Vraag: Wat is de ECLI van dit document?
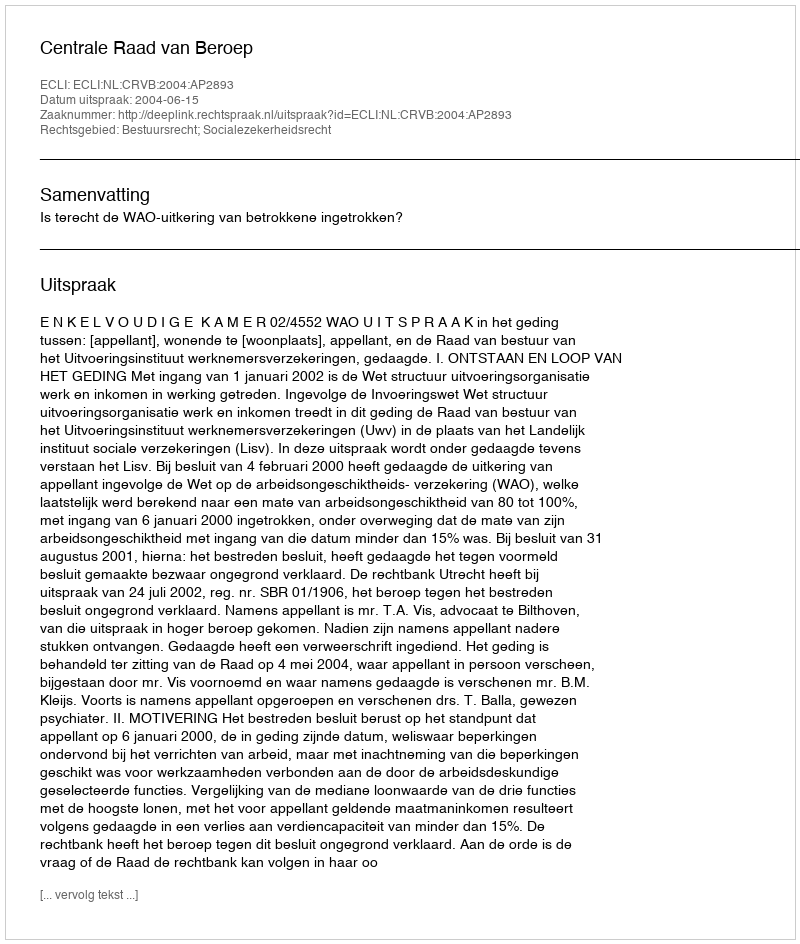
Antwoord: ECLI:NL:CRVB:2004:AP2893